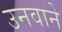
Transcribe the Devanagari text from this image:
उनवाने